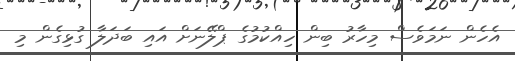
އެހެން ނަމަވެސް މިހާރު ބިން ހިއްކުމުގެ ޕްލޭނަށް އައި ބަދަލާ ގުޅިގެން މި